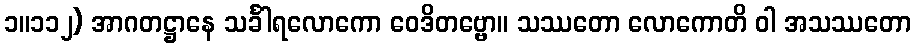
၁။၁၁၂) အာဂတဋ္ဌာနေ သင်္ခါရလောကော ဝေဒိတဗ္ဗော။ သဿတော လောကောတိ ဝါ အသဿတော